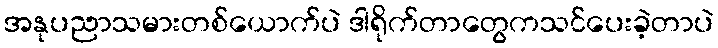
အနုပညာသမားတစ်ယောက်ပဲ ဒါရိုက်တာတွေကသင်ပေးခဲ့တာပဲ